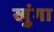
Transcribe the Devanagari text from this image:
खुंगा